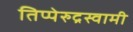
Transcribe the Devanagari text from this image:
तिप्पेरुद्रस्वामी